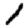
Digit: 1